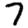
Digit: 7